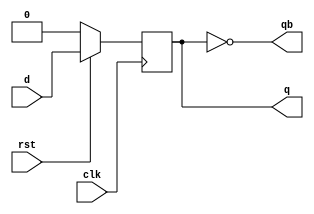
module s8ddf
   (						//
    input clk,rst,d,	
    output reg q,
    output wire qb
   );
   assign qb = ~q;
   always @( posedge clk )   //clk
	if(!rst)				  //
		q <= 1'b0;        //
	else
		q <= d;           //qd
  endmodule